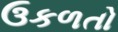
ઉકળતો